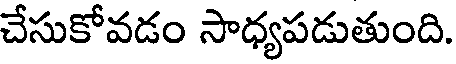
చేసుకోవడం సాధ్యపడుతుంది.